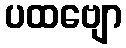
ပထဗျော